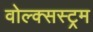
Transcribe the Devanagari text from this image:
वोल्क्सस्ट्रम